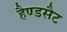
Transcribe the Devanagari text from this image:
हैण्डसैट